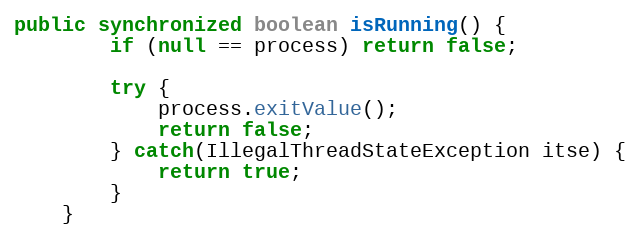
Language: Java
public synchronized boolean isRunning() {
        if (null == process) return false;

        try {
            process.exitValue();
            return false;
        } catch(IllegalThreadStateException itse) {
            return true;
        }
    }